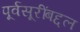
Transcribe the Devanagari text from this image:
पूर्वसूरींबद्दल